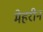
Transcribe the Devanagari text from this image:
मेहरीन